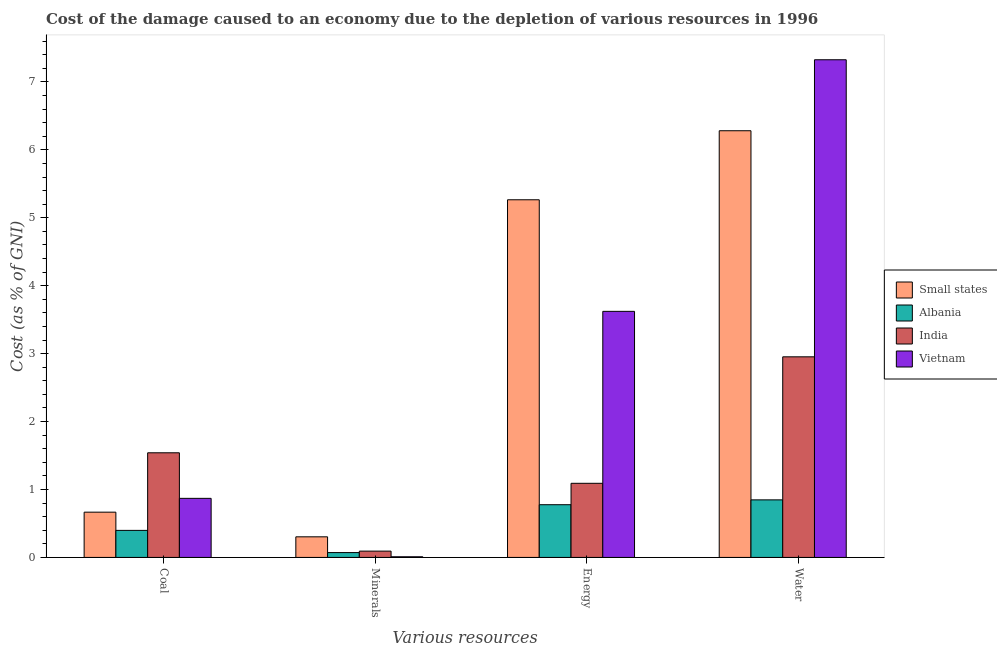
| Various resources | Small states | Albania | India | Vietnam |
 | --- | --- | --- | --- | --- |
 | Coal | 0.666 | 0.398 | 1.54 | 0.87 |
 | Minerals | 0.303 | 0.0712 | 0.0929 | 0.00969 |
 | Energy | 5.27 | 0.776 | 1.09 | 3.62 |
 | Water | 6.28 | 0.847 | 2.95 | 7.33 |